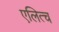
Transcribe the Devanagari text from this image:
एलित्च